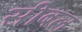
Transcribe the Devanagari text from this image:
सीबल